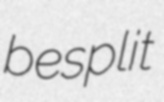
besplit